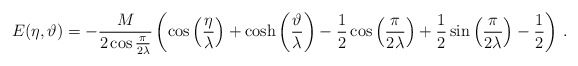
\begin{align*}E(\eta ,\vartheta )=-\frac{M}{2\cos \frac{\pi }{2\lambda }}\left( \cos \left( \frac{\eta }{\lambda }\right) +\cosh \left( \frac{\vartheta }{\lambda }\right) -\frac{1}{2}\cos \left( \frac{\pi }{2\lambda }\right) +\frac{1}{2}\sin \left( \frac{\pi }{2\lambda }\right) -\frac{1}{2}\right)\,.\end{align*}